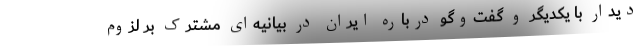
دیدار با یکدیگر و گفت‌وگو درباره ایران در بیانیه‌ای مشترک بر لزوم